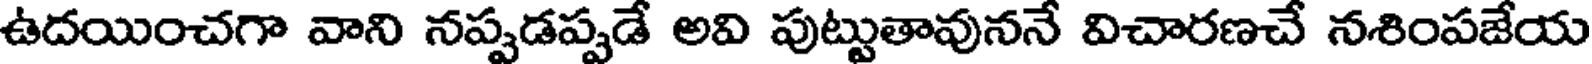
ఉదయించగా వాని నప్పడప్పడే అవి పుట్టుతావుననే విచారణచే నశింపజేయ